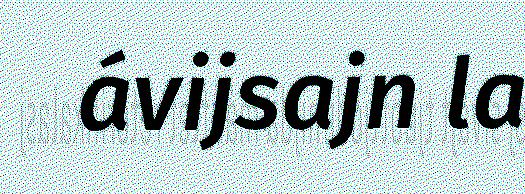
ávijsajn la